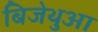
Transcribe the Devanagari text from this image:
बिजेथुआ